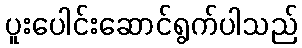
ပူးပေါင်းဆောင်ရွက်ပါသည်